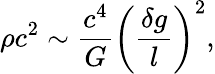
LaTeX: \rho c^{2}\sim\frac{c^{4}}{G}\left(\frac{\delta g}{l}\right)^{2},